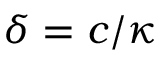
\delta = c / \kappa